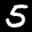
Label: 5